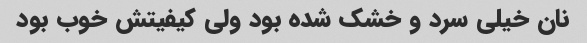
نان خیلی سرد و خشک شده بود ولی کیفیتش خوب بود